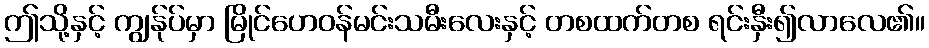
ဤသို့နှင့် ကျွန်ုပ်မှာ မြိုင်ဟေဝန်မင်းသမီးလေးနှင့် တစထက်တစ ရင်းနှီး၍လာလေ၏။